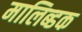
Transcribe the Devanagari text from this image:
मालिब्डक